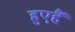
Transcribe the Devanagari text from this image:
हुएहैं